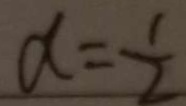
x = \frac { 1 } { 2 }